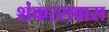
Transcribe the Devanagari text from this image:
शंकररावास